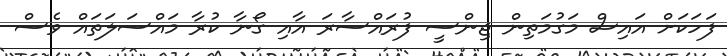
ފަހަކަށް އައިސް މަގުމަތިން ޖިންސީ ފުރައްސާރަ އާއި ގޯނާ ކުރާ މައްސަލަތައް ވެސް